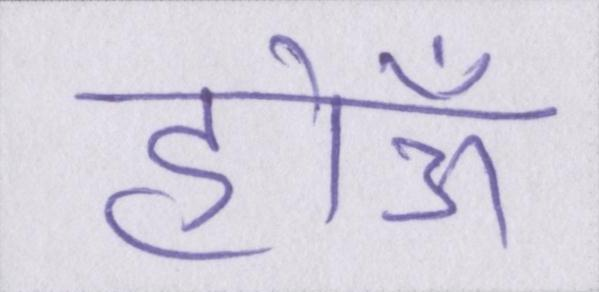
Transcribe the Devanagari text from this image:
होऊँ